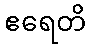
ဧရေတိ